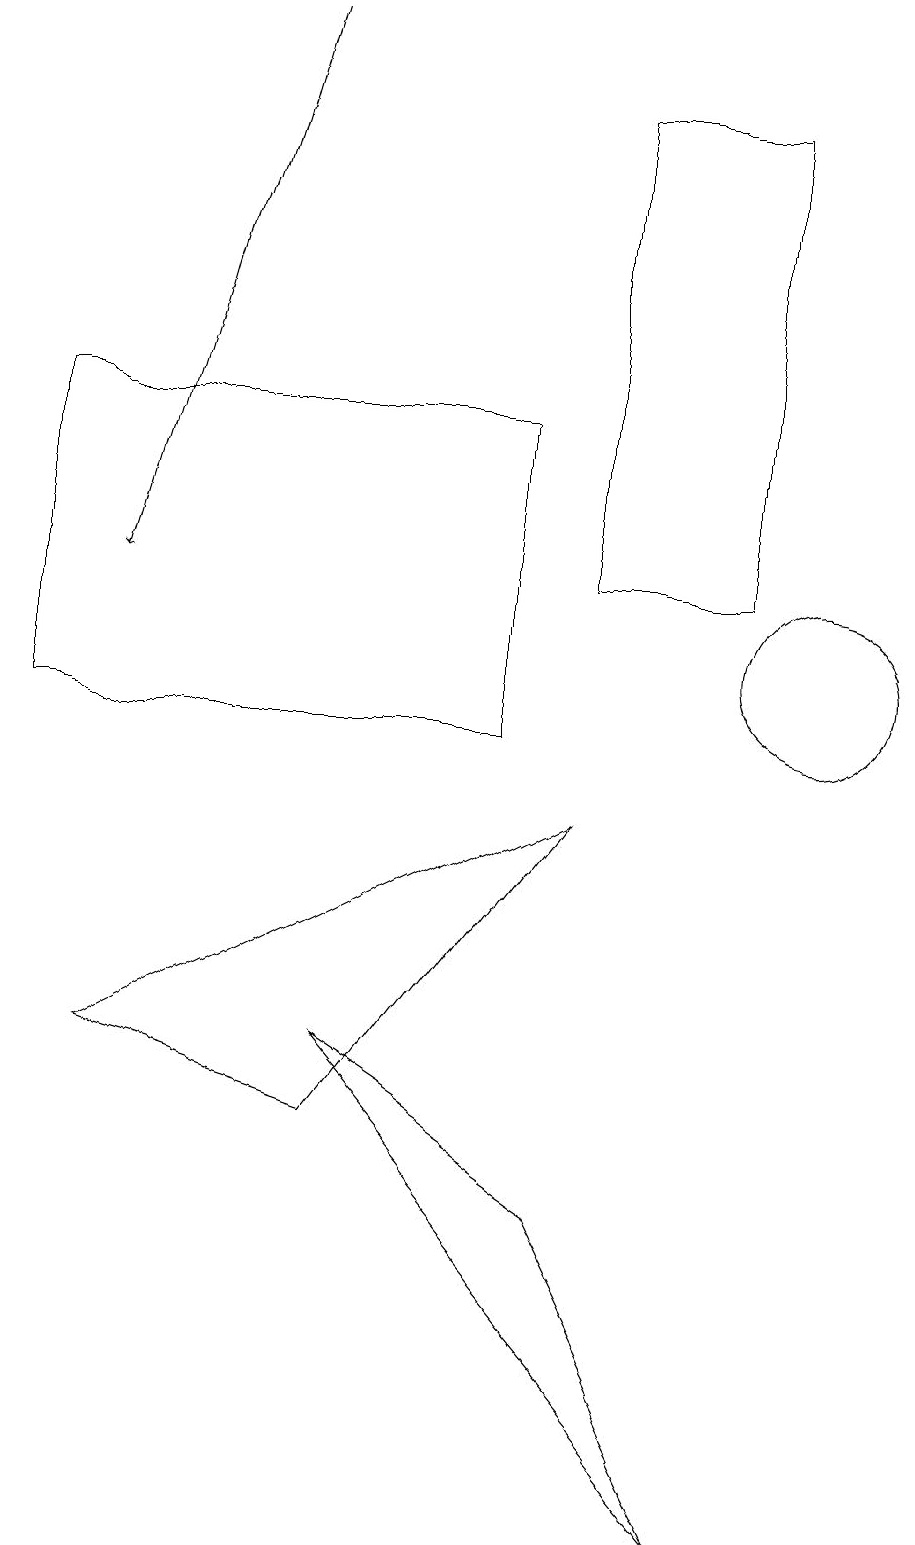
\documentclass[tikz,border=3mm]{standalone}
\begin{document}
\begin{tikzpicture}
\draw (7,9) -- (4,5) -- (1,6) -- cycle;
\draw[->] (3,19) -- (1,12);
\draw (9,18) rectangle (7,12);
\draw (4,6) -- (7,4) -- (9,0) -- cycle;
\draw (10,11) circle (1);
\draw (0,10) rectangle (6,14);
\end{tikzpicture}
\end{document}